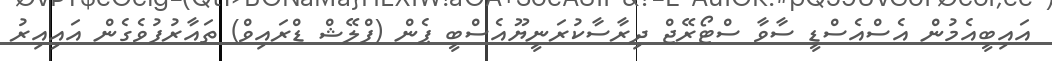
އައިބީއެމުން އެސްއެސްޑީ ސާވާ ސްޓޯރޭޖް ދިރާސާކުރަނީޔޫއެސްބީ ޕެން (ފްލޭޝް ޑްރައިވް) ތައާރުފުވެގެން އައިއިރު